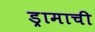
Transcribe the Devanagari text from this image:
ड्रामाची